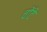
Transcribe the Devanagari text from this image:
चोंटे